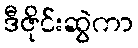
ဒီဇိုင်းဆွဲကာ